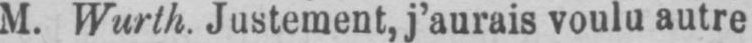
M. Wurth. Justement, j’aurais voulu autre